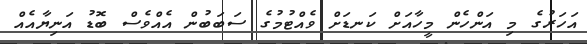
އަހަރުގެ މި އަންހެން މީހާއަށް ކަނޑަށް ވެއްޓުމުގެ ސަބަބުން އެއްވެސް ބޮޑު އަނިޔާއެއް